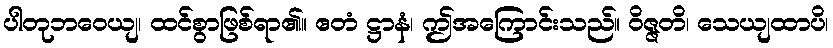
ပါတုဘဝေယျ၊ ထင်စွာဖြစ်ရာ၏။ ဧတံ ဋ္ဌာနံ၊ ဤအကြောင်းသည်။ ဝိဇ္ဇတိ၊ သေယျထာပိ၊